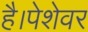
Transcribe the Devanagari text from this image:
है।पेशेवर